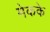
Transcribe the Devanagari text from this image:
मेकके